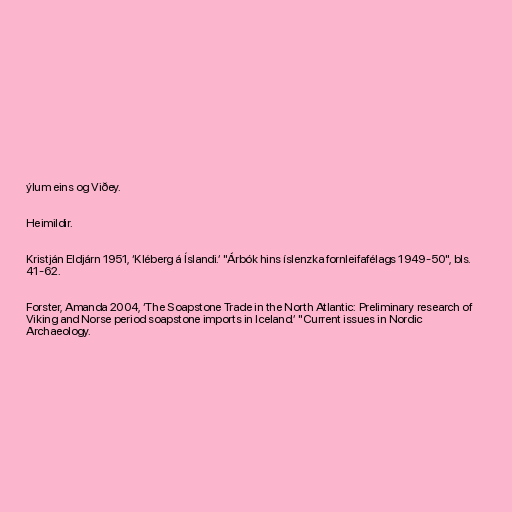
ýlum eins og Viðey.

Heimildir.

Kristján Eldjárn 1951, ‘Kléberg á Íslandi.’ "Árbók hins íslenzka fornleifafélags 1949-50", bls.
41-62.

Forster, Amanda 2004, ‘The Soapstone Trade in the North Atlantic: Preliminary research of
Viking and Norse period soapstone imports in Iceland.’ "Current issues in Nordic
Archaeology.